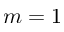
m = 1